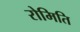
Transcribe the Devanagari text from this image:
रोमिति